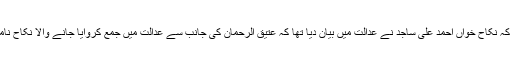
واضح رہے کہ نکاح خواں احمد علی ساجد نے عدالت میں بیان دیا تھا کہ عتیق الرحمان کی جانب سے عدالت میں جمع کروایا جانے والا نکاح نامہ اصلی ہے۔